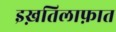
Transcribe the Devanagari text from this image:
इख़तिलाफ़ात